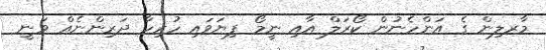
މާރލިން ގެ އަންހެނުން ކޯރަލް އާއި ނީމޯ ފިޔަވައި ހުރިހާ ދަރިންނެއް ވަނީ